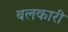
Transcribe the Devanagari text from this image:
बलकारी